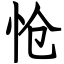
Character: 怆